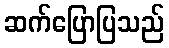
ဆက်ပြောပြသည်